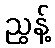
ညွန့်